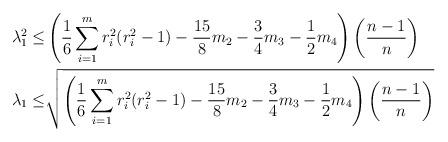
LaTeX: \begin{align*} \displaystyle \lambda^{2}_1 \leq & \left(\frac{1}{6}\sum_{i=1}^{m}r^2_i(r^2_i -1)-\frac{15}{8}m_2-\frac{3}{4}m_3-\frac{1}{2}m_4\right)\left(\frac{n-1}{n}\right)\\ \displaystyle \lambda_1 \leq &\sqrt{ \left(\frac{1}{6}\sum_{i=1}^{m}r^2_i(r^2_i -1)-\frac{15}{8}m_2-\frac{3}{4}m_3-\frac{1}{2}m_4\right)\left(\frac{n-1}{n}\right)}\end{align*}